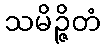
သမိဉ္ဇိတံ